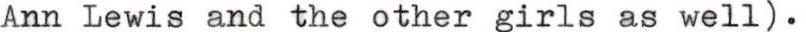
Ann Lewis and the other girls as well).